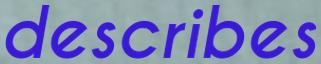
describes